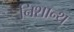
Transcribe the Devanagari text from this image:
निशान्थ